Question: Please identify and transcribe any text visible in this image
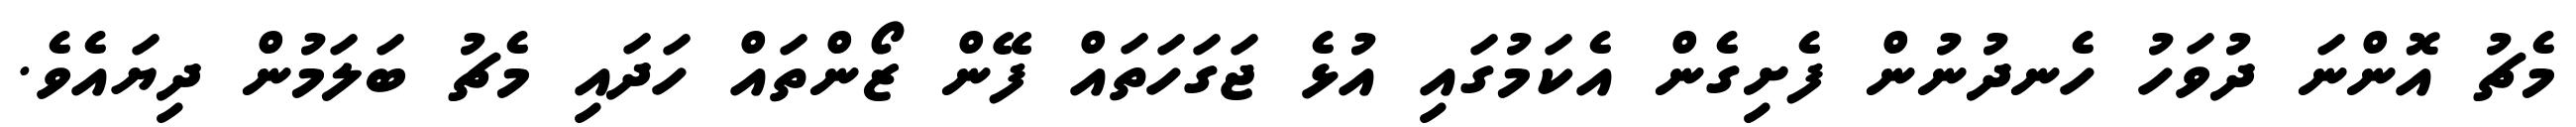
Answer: މެޗު އޮންނަ ދުވަހު ހެނދުނުން ފެށިގެން އެކަމުގައި އުޅެ ޖަގަހަތައް ފޭން ޒޯންތައް ހަދައި މެޗު ބަލަމުން ދިޔައެވެ.